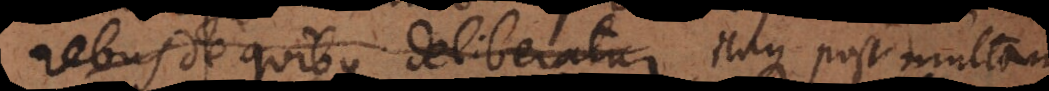
rebus de quibus deliberatur Itaque post multam